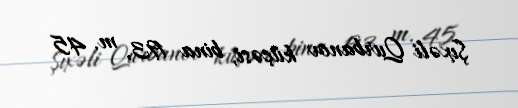
Şıxəli Qurbanov küçəsi, bina 193, m. 45